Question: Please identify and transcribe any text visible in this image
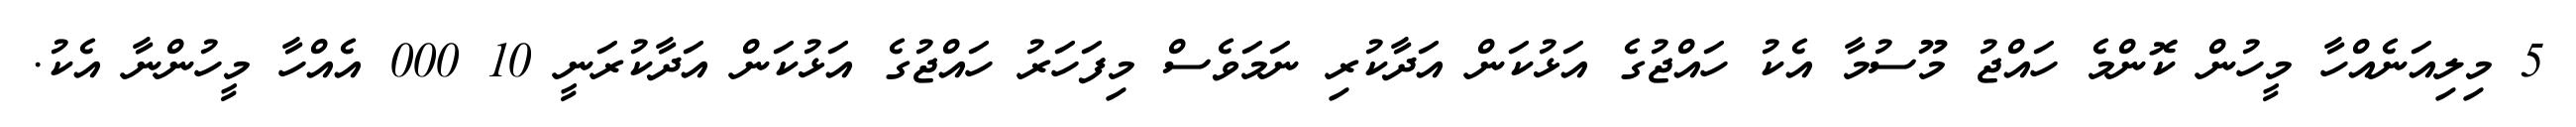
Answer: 5 މިލިއަނެއްހާ މީހުން ކޮންމެ ހައްޖު މޫސުމާ އެކު ހައްޖުގެ އަޅުކަން އަދާކުރި ނަމަވެސް މިފަހަރު ހައްޖުގެ އަޅުކަން އަދާކުރަނީ 10 000 އެއްހާ މީހުންނާ އެކު.